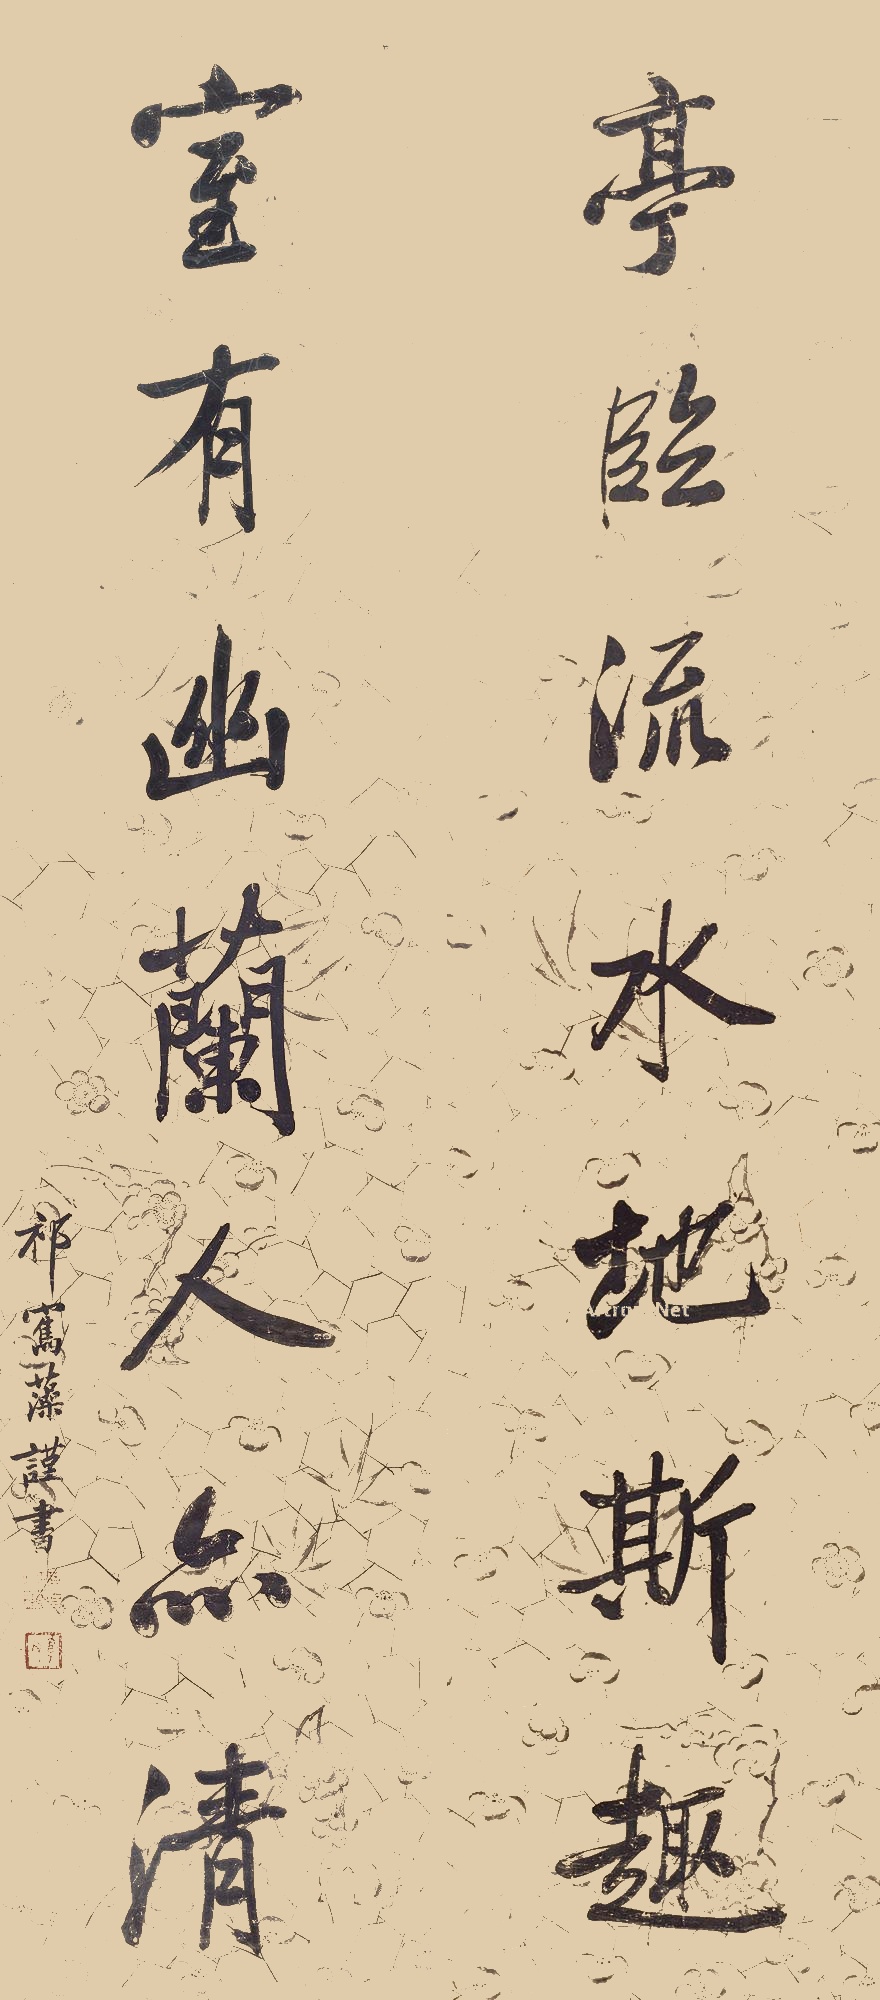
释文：亭临流水地斯趣，室有幽兰人亦清。祁寯藻谨书。